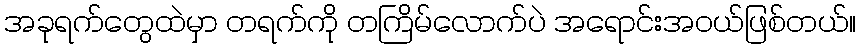
အခုရက်တွေထဲမှာ တရက်ကို တကြိမ်လောက်ပဲ အရောင်းအဝယ်ဖြစ်တယ်။